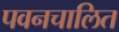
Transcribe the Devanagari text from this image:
पवनचालित